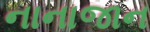
નાનાજાન